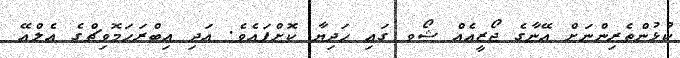
ކުޅުންތެރިންނަށް އޭނާގެ ޖޯޒީއެއް ޝޯވ ގައި ހަދިޔާ ކޮށްފައެވެ. އަދި އިބްރަހަމޮވިޗްގެ އެލްއޭ